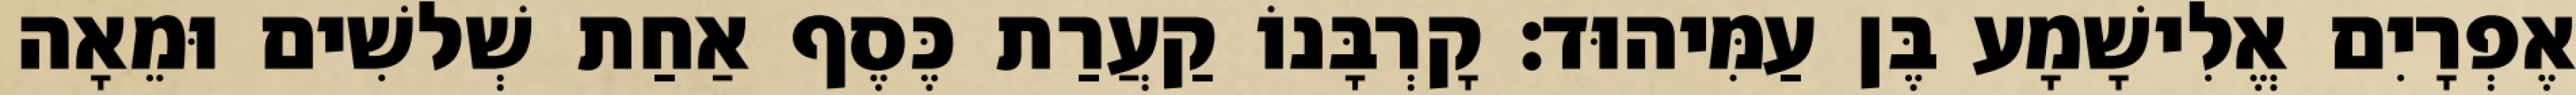
אֶפְרָיִם אֱלִישָׁמָע בֶּן עַמִּיהוּד׃ קָרְבָּנוֹ קַעֲרַת כֶּסֶף אַחַת שְׁלשִׁים וּמֵאָה